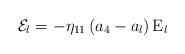
LaTeX: \begin{align*}{\cal E}_l = -\eta_{11}\left(a_4-a_l\right){\rm E}_l\end{align*}